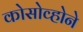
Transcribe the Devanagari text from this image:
कोसोव्होने